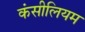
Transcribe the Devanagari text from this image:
कंसीलियम